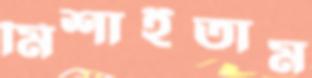
মিশাইতাম